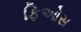
ફિઓસ